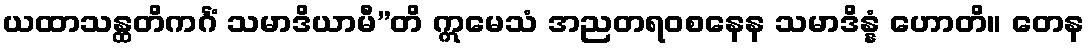
ယထာသန္ထတိကင်္ဂံ သမာဒိယာမီ”တိ ဣမေသံ အညတရဝစနေန သမာဒိန္နံ ဟောတိ။ တေန